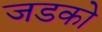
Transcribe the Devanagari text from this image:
जडको